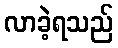
လာခဲ့ရသည်